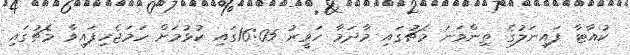
ކުއާޓާ ފައިނަލުގެ ތިންވަނަ މެޗުގައި މާދަމާ ހަވީރު 16:05ގައި ކުޅުމަށް ހަމަޖެހިފައިވާ މެޗުގައި